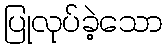
ပြုလုပ်ခဲ့သော